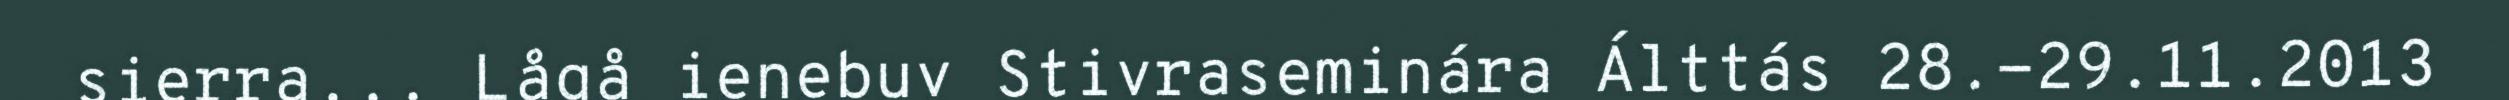
sierra... Lågå ienebuv Stivraseminára Álttás 28.-29.11.2013